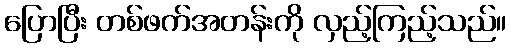
ပြောပြီး တစ်ဖက်အတန်းကို လှည့်ကြည့်သည်။